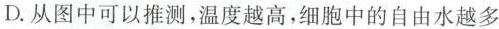
D.从图中可以推测，温度越高，细胞中的自由水越多